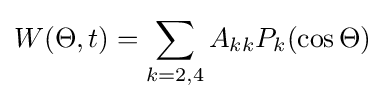
W(\Theta ,t)=\sum _{k=2,4}A_{kk}P_{k}(\cos {\Theta })